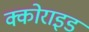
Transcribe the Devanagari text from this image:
क्कोराइड